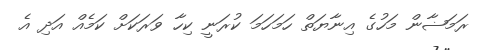
ރަމަޟާން މަހުގެ އިނާޔަތް ހަމަހަމަ ކުރަނީ ކިހާ ވަރަކަށް ކަމެއް އަދި އެ